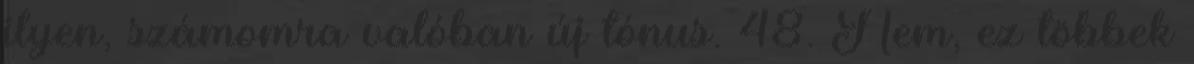
ilyen, számomra valóban új tónus. 48. Nem, ez többek